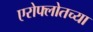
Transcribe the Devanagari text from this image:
एरोफ्लोतच्या